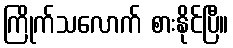
ကြိုက်သလောက် စားနိုင်ပြီ။